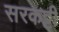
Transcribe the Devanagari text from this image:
सरकट्टी